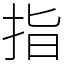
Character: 指